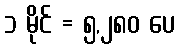
၁ မိုင် = ၅,၂၈၀ ပေ